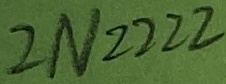
Text: 2N2222